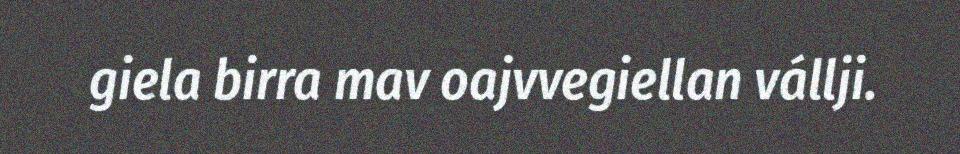
giela birra mav oajvvegiellan vállji.